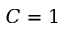
C = 1